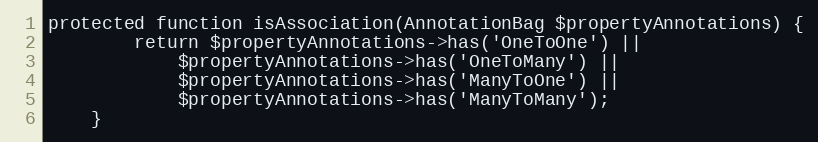
Language: PHP
protected function isAssociation(AnnotationBag $propertyAnnotations) {
		return $propertyAnnotations->has('OneToOne') ||
			$propertyAnnotations->has('OneToMany') ||
			$propertyAnnotations->has('ManyToOne') ||
			$propertyAnnotations->has('ManyToMany');
	}